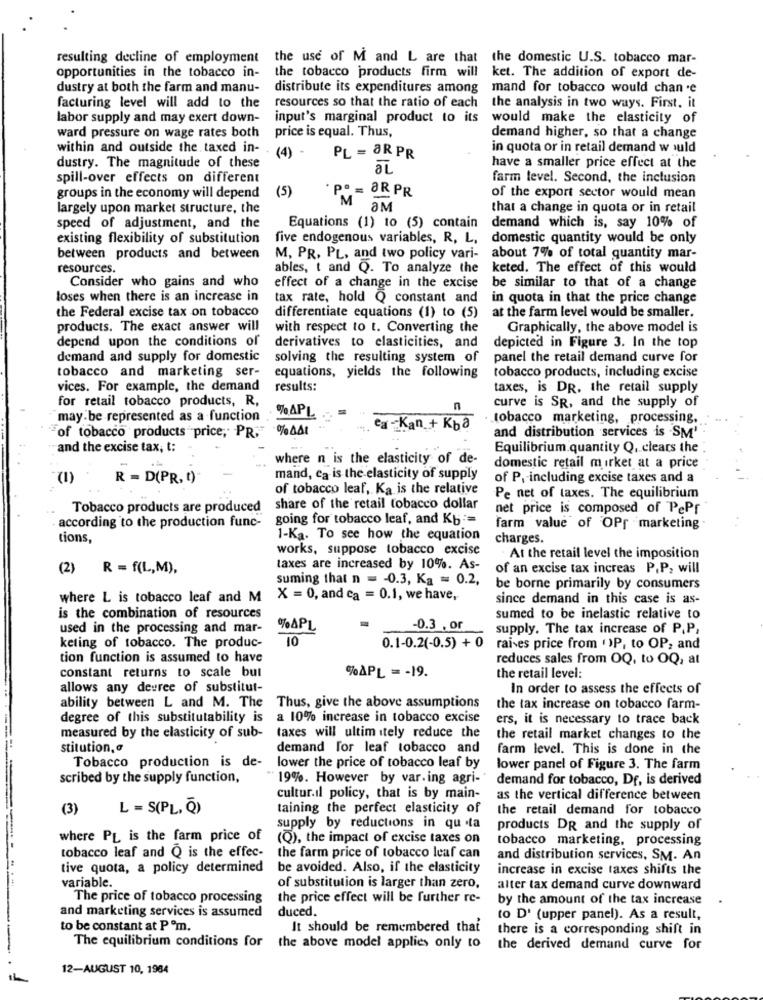
resulting decline of employment the use of M and L are that the domestic U.S. tobacco mar-
opportunities in the tobacco in-
the tobacco products firm will
ket. The addition of export de-
dustry at both the farm and manu-
distribute its expenditures among
mand for tobacco would chan .e
facturing level will add to the
resources so that the ratio of each
the analysis in two ways. First, it
labor supply and may exert down-
input's marginal product to its
would make the elasticity of
ward pressure on wage rates both
price is equal. Thus,
demand higher, so that a change
within and outside the taxed in-
(4 )
in quota or in retail demand w uld
PL = ØR PR
have a smaller price effect at the
dustry. The magnitude of these
aL
spill-over effects on different
farm level. Second, the inclusion
(5)
PO = ORPR
groups in the economy will depend
'M
of the export sector would mean
largely upon market structure, the
aM
that a change in quota or in retail
speed of adjustment, and the
Equations (1) to (5) contain
demand which is, say 10% of
existing flexibility of substitution
five endogenous variables, R, L,
domestic quantity would be only
between products and between
M, PR, PL, and two policy vari-
about 7% of total quantity mar-
resources.
ables, t and Q. To analyze the
keted. The effect of this would
Consider who gains and who
be similar to that of a change
effect of a change in the excise
loses when there is an increase in
tax rate, hold Q constant and
in quota in that the price change
the Federal excise tax on tobacco
differentiate equations (1) to (5)
at the farm level would be smaller.
products. The exact answer will
with respect to t. Converting the
Graphically, the above model is
depend upon the conditions of
derivatives to elasticities, and
depicted in Figure 3. In the top
demand and supply for domestic
solving the resulting system of
panel the retail demand curve for
tobacco and marketing ser-
tobacco products, including excise
equations, yields the following
vices. For example, the demand
results:
taxes, is DR, the retail supply
for retail tobacco products, R,
n
curve is SR, and the supply of
"may be represented as a function
% APL
tobacco marketing, processing,
ea -Kan + Kba
and distribution services is SM'
"of tobacco products price, PR.
and the excise tax, t:
Equilibrium.quantity Q, clears the
where n is the elasticity of de-
domestic retail mirket at a price
(1)
R = D(PR, t)
mand, ca is the elasticity of supply
of P, including excise taxes and a
of tobacco leaf, Ka is the relative
Pe net of taxes. The equilibrium
Tobacco products are produced
share of the retail tobacco dollar
net price is composed of PePr
according to the production func- going for tobacco leaf, and Kb :=
farm value of OPr marketing
tions,
1-Ka. To see how the equation
charges.
works, suppose tobacco excise
At the retail level the imposition
(2) R = f(L,M),
taxes are increased by 10%. As-
of an excise tax increas P,P2 will
suming that n = - 0.3, Ka = 0.2,
be borne primarily by consumers
where L is tobacco leaf and M
X = 0, and ca = 0.1, we have,
since demand in this case is as-
is the combination of resources
sumed to be inelastic relative to
used in the processing and mar-
% APL
-0.3 ,or
supply. The tax increase of P.P,
10
keting of tobacco. The produc-
0.1-0.2(-0.5) + 0
raises price from ' )P, to OP, and
tion function is assumed to have
reduces sales from OQ, to OQ, at
constant returns to scale bul
%APL = - 19.
the retail level:
allows any degree of substitut-
In order to assess the effects of
ability between L and M. The Thus, give the above assumptions
the tax increase on tobacco farm-
degree of this substitutability is a 10% increase in tobacco excise
ers, it is necessary to trace back
measured by the elasticity of sub- taxes will ultim itely reduce the
the retail market changes to the
stitution, a
demand for leaf tobacco and
farm level. This is done in the
Tobacco production is de- lower the price of tobacco leaf by
lower panel of Figure 3. The farm
scribed by the supply function,
19%. However by var.ing agri-
demand for tobacco, Df, is derived
cultur.il policy, that is by main-
as the vertical difference between
(3)
L = S(PL, Q)
taining the perfect elasticity of
the retail demand for tobacco
supply by reductions in qu .ta
products DR and the supply of
where PL is the farm price of
(Q), the impact of excise taxes on
tobacco marketing, processing
tobacco leaf and Q is the effec-
the farm price of tobacco leaf can
and distribution services, SM. An
tive quota, a policy determined
be avoided. Also, if the elasticity
increase in excise taxes shifts the
variable.
of substitution is larger than zero,
alter tax demand curve downward
The price of tobacco processing
the price effect will be further re-
by the amount of the tax increase
and marketing services is assumed
duced
to D' (upper panel). As a result,
to be constant at P ºm.
It should be remembered thai
there is a corresponding shift in
The equilibrium conditions for
the above model applies only to
the derived demand curve for
12-AUGUST 10, 1984